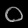
Digit: ၀